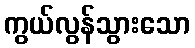
ကွယ်လွန်သွားသော